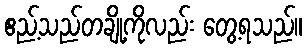
ဧည့်သည်တချို့ကိုလည်း တွေ့ရသည်။